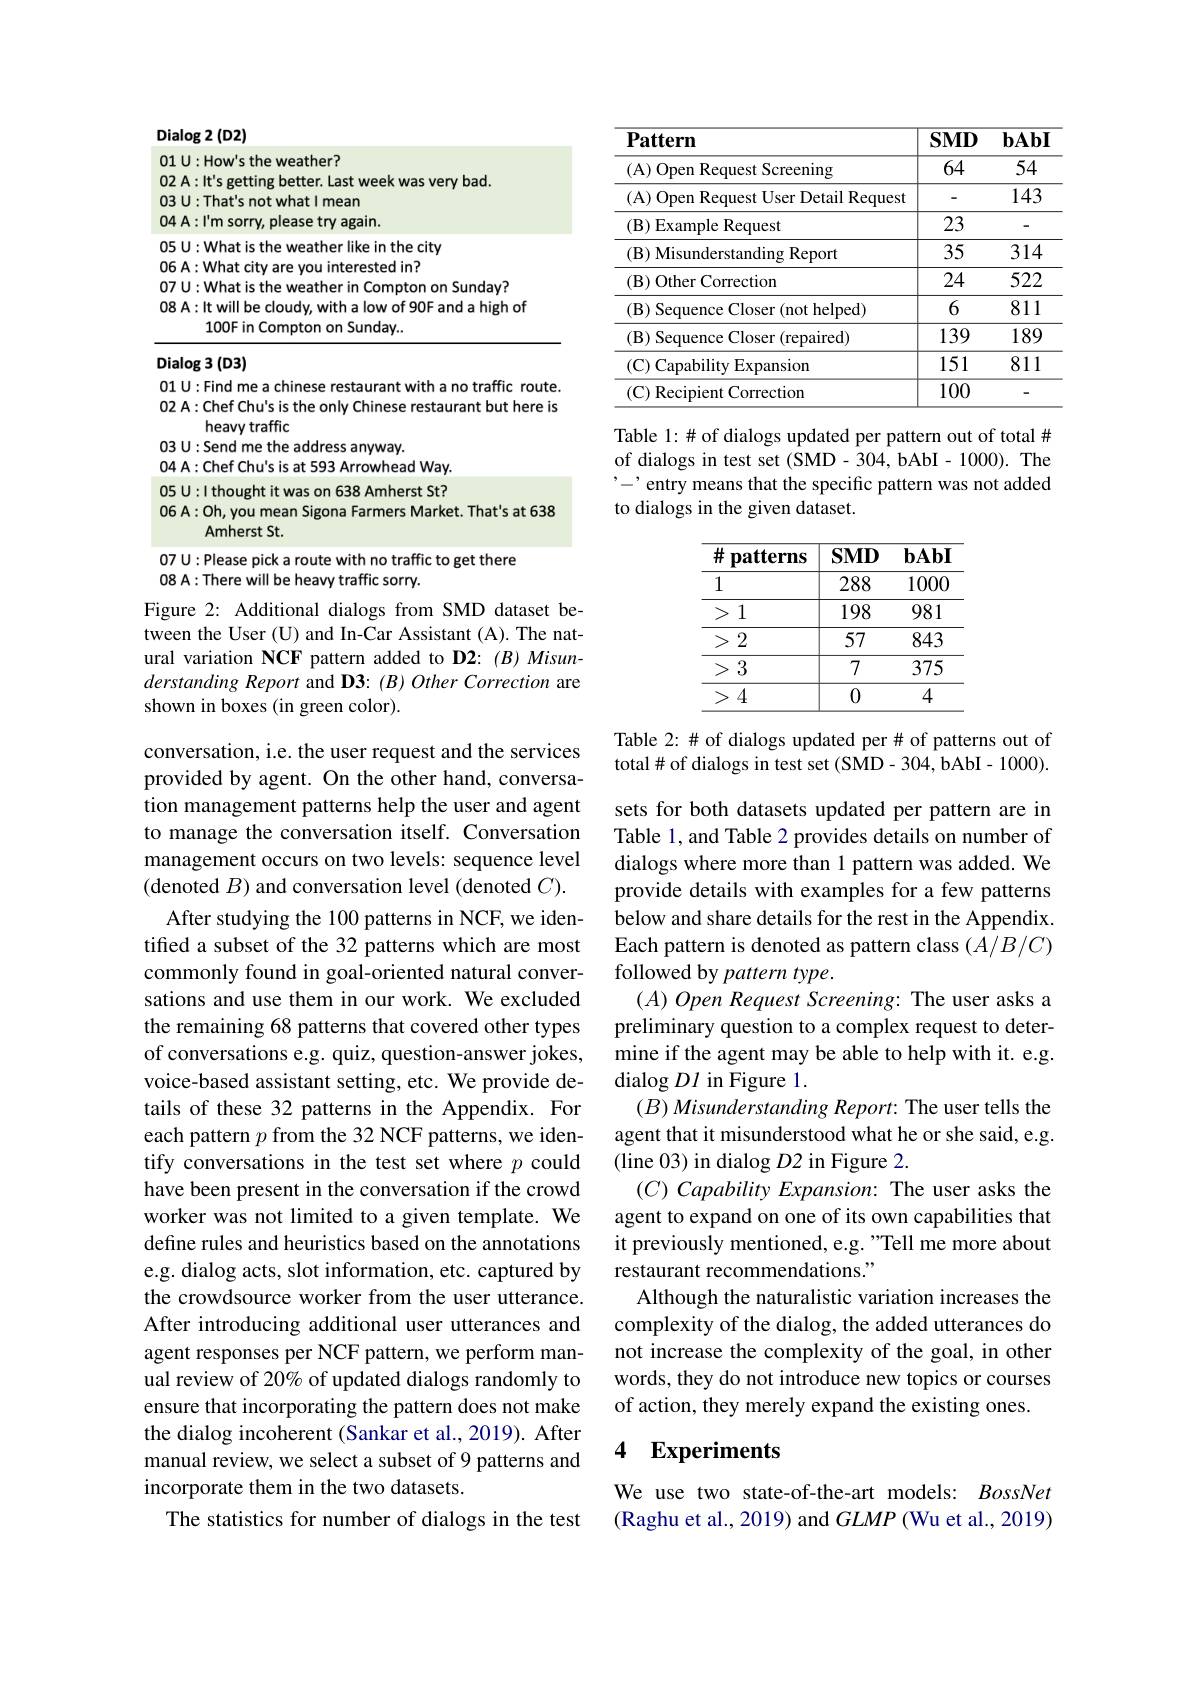
$\operatorname{Dialog}2(\operatorname{D2})$
<table>
	<tbody>
		<tr>
			<td>0</td>
			<td>the weather? HOLAY</td>
		</tr>
		<tr>
			<td>0</td>
			<td>: I'm sorry, please try again.</td>
		</tr>
		<tr>
			<td>0</td>
			<td>:What is the weather like in the city</td>
		</tr>
		<tr>
			<td>0</td>
			<td>rested in?</td>
		</tr>
		<tr>
			<td>0</td>
			<td>Sundav?</td>
		</tr>
		<tr>
			<td>0</td>
			<td> </td>
		</tr>
		<tr>
			<td> </td>
			<td>100Fin Sundav</td>
		</tr>
	</tbody>
</table>

Dialog 3 (D3)

01 U: Find me a chinese restaurant with a no traffic route. 02 A: Chef Chu's is the only Chinese restaurant but here is
heavy traffic
03 U: Send me the address anyway.
04 A: Chef Chu's is at 593 Arrowhead Way. 05 U:1 thought it was on 638 Amherst St? 06 A: Oh, you mean Sigona Farmers Market. That's at 638
Amherst St.
07 U: Please pick a route with no traffic to get there
08 A: There will be heavy traffic sorry.

Figure 2: Additional dialogs from SMD dataset between the User (U) and In-Car Assistant (A). The natural variation NCF pattern added to D2: (B) Misunderstanding Report and D3: (B) Other Correction are shown in boxes (in green color).

conversation, i.e. the user request and the services provided by agent. On the other hand, conversation management patterns help the user and agent to manage the conversation itself. Conversation management occurs on two levels: sequence level (denoted $B)$ and conversation level (denoted $C).$
After studying the 100 patterns in NCF, we identified a subset of the 32 patterns which are most commonly found in goal-oriented natural conversations and use them in our work. We excluded the remaining 68 patterns that covered other types of conversations e.g. quiz, question-answer jokes, voice-based assistant setting, etc. We provide details of these 32 patterns in the Appendix. For each pattern $p$ from the 32 NCF patterns, we identify conversations in the test set where $p$ could have been present in the conversation if the crowd worker was not limited to a given template. We define rules and heuristics based on the annotations e.g. dialog acts, slot information, etc. captured by the crowdsource worker from the user utterance. After introducing additional user utterances and agent responses per NCF pattern, we perform manual review of 20% of updated dialogs randomly to ensure that incorporating the pattern does not make the dialog incoherent (Sankar et al., 2019). After manual review, we select a subset of 9 patterns and incorporate them in the two datasets.
The statistics for number of dialogs in the test

<table>
	<tbody>
		<tr>
			<th>$\mathbf{Pattern}$</th>
			<th>$SMD$</th>
			<th>bAbI</th>
		</tr>
		<tr>
			<td>( A) Open Request Screening</td>
			<td>64</td>
			<td>54</td>
		</tr>
		<tr>
			<td>(A) Open Request User Detail Request</td>
			<td>-</td>
			<td>143</td>
		</tr>
		<tr>
			<td>$(\mathbf{B})$Example Request</td>
			<td>23</td>
			<td>-</td>
		</tr>
		<tr>
			<td>$( \mathbf{B} ) \textbf{Misunderstanding Report}$</td>
			<td>35</td>
			<td>314</td>
		</tr>
		<tr>
			<td>$(\mathbf{B})$ Other Correction</td>
			<td>24</td>
			<td>522</td>
		</tr>
		<tr>
			<td>(B) Sequence Closer (not helped)</td>
			<td>6</td>
			<td>811</td>
		</tr>
		<tr>
			<td>(B) Sequence Closer (repaired)</td>
			<td>139</td>
			<td>189</td>
		</tr>
		<tr>
			<td>(C) Capability Expansion</td>
			<td>151</td>
			<td>811</td>
		</tr>
		<tr>
			<td>(C) Recipient Correction</td>
			<td>100</td>
			<td>-</td>
		</tr>
	</tbody>
</table>

Table 1:# of dialogs updated per pattern out of total # of dialogs in test set (SMD-304, bAbI- 1000). The ,-,entry means that the specific pattern was not added to dialogs in the given dataset.

<table>
	<tbody>
		<tr>
			<th>井 patterns</th>
			<th>$SMD$</th>
			<th>$bAb]$</th>
		</tr>
		<tr>
			<td>1</td>
			<td>288</td>
			<td>1000</td>
		</tr>
		<tr>
			<td>> 1</td>
			<td>198</td>
			<td>981</td>
		</tr>
		<tr>
			<td>> 2</td>
			<td>57</td>
			<td>843</td>
		</tr>
		<tr>
			<td>>: 3</td>
			<td>7</td>
			<td>375</td>
		</tr>
		<tr>
			<td>4</td>
			<td>0</td>
			<td>4</td>
		</tr>
	</tbody>
</table>

Table 2:# # of dialogs updated per# of patterns out of total# of dialogs in test set (SMD-304, bAbI- 1000).

sets for both datasets updated per pattern are in Table 1, and Table 2 provides details on number of dialogs where more than 1 pattern was added. We provide details with examples for a few patterns below and share details for the rest in the Appendix. Each pattern is denoted as pattern class $(A/B/C)$ followed by pattern type.
$( A) \textit{Open Request Screening: The user asks a}$ preliminary question to a complex request to determine if the agent may be able to help with it. e.g. dialog $DI$ in Figure 1.
$( B) Misunderstanding\textit{Report: The user tells the}$ agent that it misunderstood what he or she said, e.g. (line 03) in dialog $D2$ in Figure 2.
$( C) \textit{ Capability Expansion: The user asks the}$ agent to expand on one of its own capabilities that it previously mentioned, e.g. "Tell me more about restaurant recommendations."
Although the naturalistic variation increases the complexity of the dialog, the added utterances do not increase the complexity of the goal, in other words, they do not introduce new topics or courses of action, they merely expand the existing ones

### 4 $\mathbf{Experiments}$

We use two state-of-the-art models: BossNet (Raghu et al., 2019) and $GLMP$ (Wu et al., 2019)